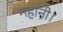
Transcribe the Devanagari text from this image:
नहानी।